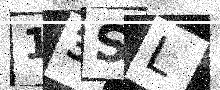
Text: 13SL